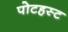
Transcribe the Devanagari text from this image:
पोटहस्ट